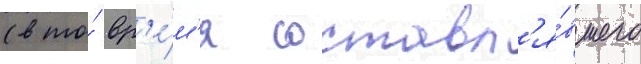
(в то́ вр'е́м'я составл'я́вшего